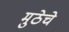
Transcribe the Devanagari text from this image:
मुठेचे